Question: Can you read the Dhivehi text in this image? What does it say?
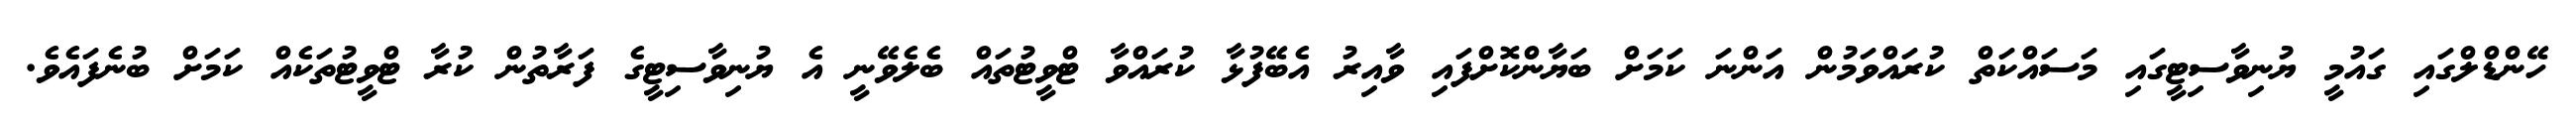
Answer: ހޭންޑްލްގައި ގައުމީ ޔުނިވާސިޓީގައި މަސައްކަތް ކުރައްވަމުން އަންނަ ކަމަށް ބަޔާންކޮށްފައި ވާއިރު އެބޭފުޅާ ކުރައްވާ ޓްވީޓުތައް ބެލެވޭނީ އެ ޔުނިވާސިޓީގެ ފަރާތުން ކުރާ ޓްވީޓުތަކެއް ކަމަށް ބުނެފައެވެ.